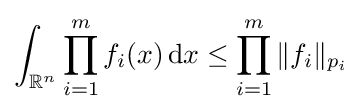
\int _{\mathbb {R} ^{n}}\prod _{i=1}^{m}f_{i}(x)\,\mathrm {d} x\leq \prod _{i=1}^{m}\|f_{i}\|_{p_{i}}